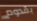
بقدوم